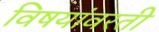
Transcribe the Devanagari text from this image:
विषयांवरती